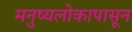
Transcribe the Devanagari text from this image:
मनुष्यलोकापासून